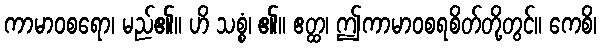
ကာမာဝစရော၊ မည်၏။ ဟိ သစ္စံ၊ ၏။ ဧတ္ထ၊ ဤကာမာဝစရစိတ်တို့တွင်။ ကေစိ၊